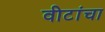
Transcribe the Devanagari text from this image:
वीटांचा